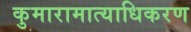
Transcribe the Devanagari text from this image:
कुमारामात्याधिकरण